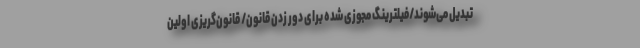
تبدیل می‌شوند/فیلترینگ مجوزی شده برای دور زدن قانون/ قانون‌گریزی اولین